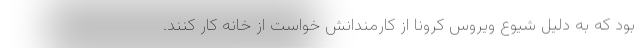
بود که به دلیل شیوع ویروس کرونا از کارمندانش خواست از خانه کار کنند.